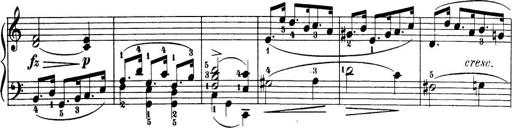
Title: 32 Sonatinas and Rondos for the Piano
Composer: Richard Kleinmichel